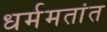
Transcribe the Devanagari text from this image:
धर्ममतांत